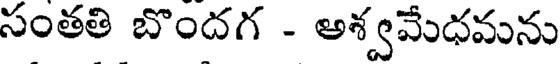
సంతతి బొందగ - అశ్వమేధమను